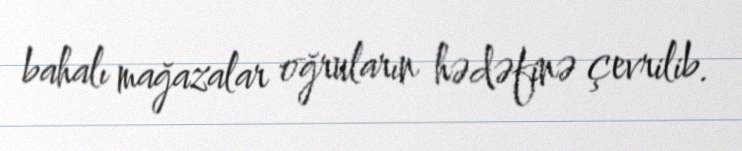
bahalı mağazalar oğruların hədəfinə çevrilib.